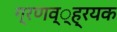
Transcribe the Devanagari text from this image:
ग्रणव््ह्रयक